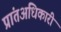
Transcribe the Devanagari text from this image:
प्रांतअधिकारी